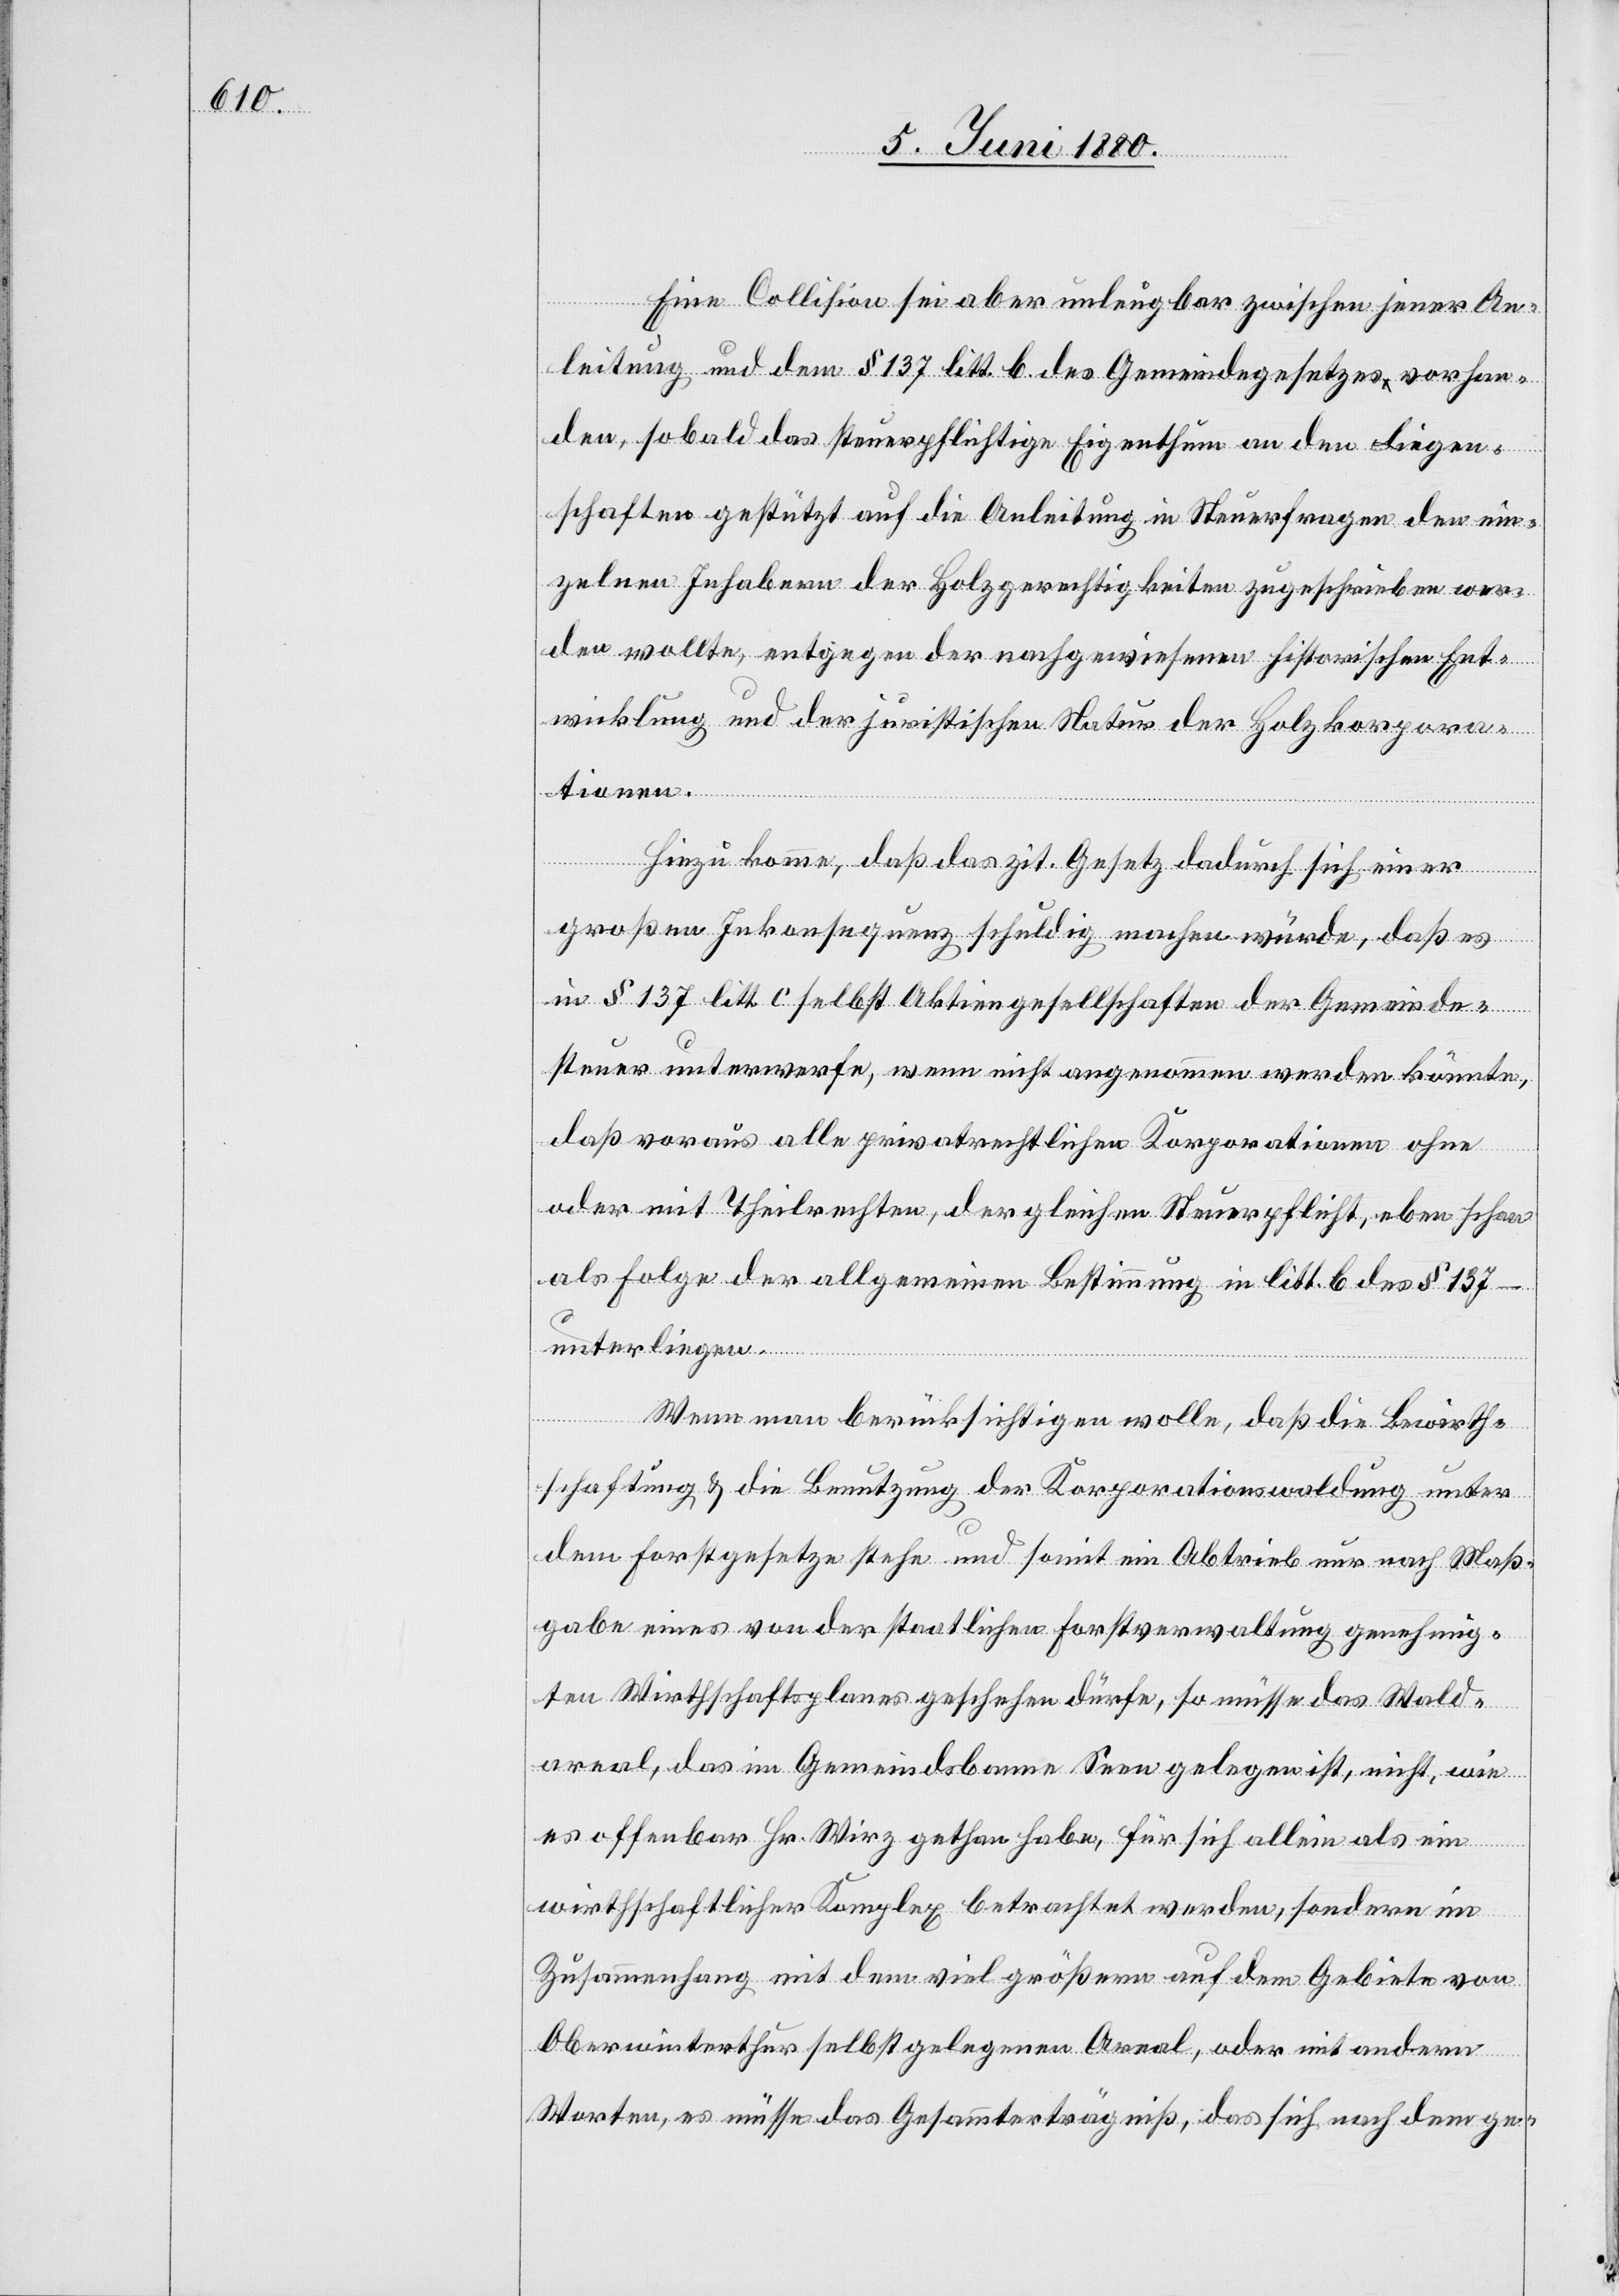
Eine Collision sei aber unleugbar zwischen jener An¬
leitung und dem § 137 litt. b. des Gemeindegesetzes vorhan¬
den, sobald das steuerpflichtige Eigenthum an den Liegen¬
schaften gestützt auf die Anleitung in Steuerfragen den ein¬
zelnen Inhaber der Holzgerechtigkeiten zugeschrieben wer¬
den wollte, entgegen der nachgewiesenen historischen Ent¬
wicklung und der juristischen Natur der Holzkorpora¬
tionen.
Hiezu komme, daß das zit. Gesetz dadurch sich einer
großen Inkonsequenz schuldig machen würde, daß es
in § 137 litt. c selbst Aktiengesellschaften der Gemeinde¬
steuer unterwerfe, wenn nicht angenommen werden könnte,
daß voraus alle privatrechtlichen Korporationen ohne
oder mit Theilrechten, der gleichen Steuerpflicht, eben schon
als Folge der allgemeinen Bestimmung in litt. b des § 137 –
unterliegen.
Wenn man berücksichtigen wolle, daß die Bewirth¬
schaftung & die Benutzung der Korporationswaldung unter
dem Forstgesetze stehe und somit ein Abtrieb nur nach Maß¬
gabe eines von der staatlichen Forstverwaltung genehmig¬
ten Wirthschaftsplanes geschehen dürfe, so müsse das Wald¬
areal, das im Gemeindsbanne Seen gelegen ist, nicht, wie
es offenbar Hr. Wirz gethan habe, für sich allein als ein
wirthschaftlicher Komplex betrachtet werden, sondern im
Zusammenhang mit dem viel größern auf dem Gebiete von
Oberwinterthur selbst gelegenen Areal, oder mit andern
Worten, es müsse das Gesammterträgniß, das sich nach dem ge-